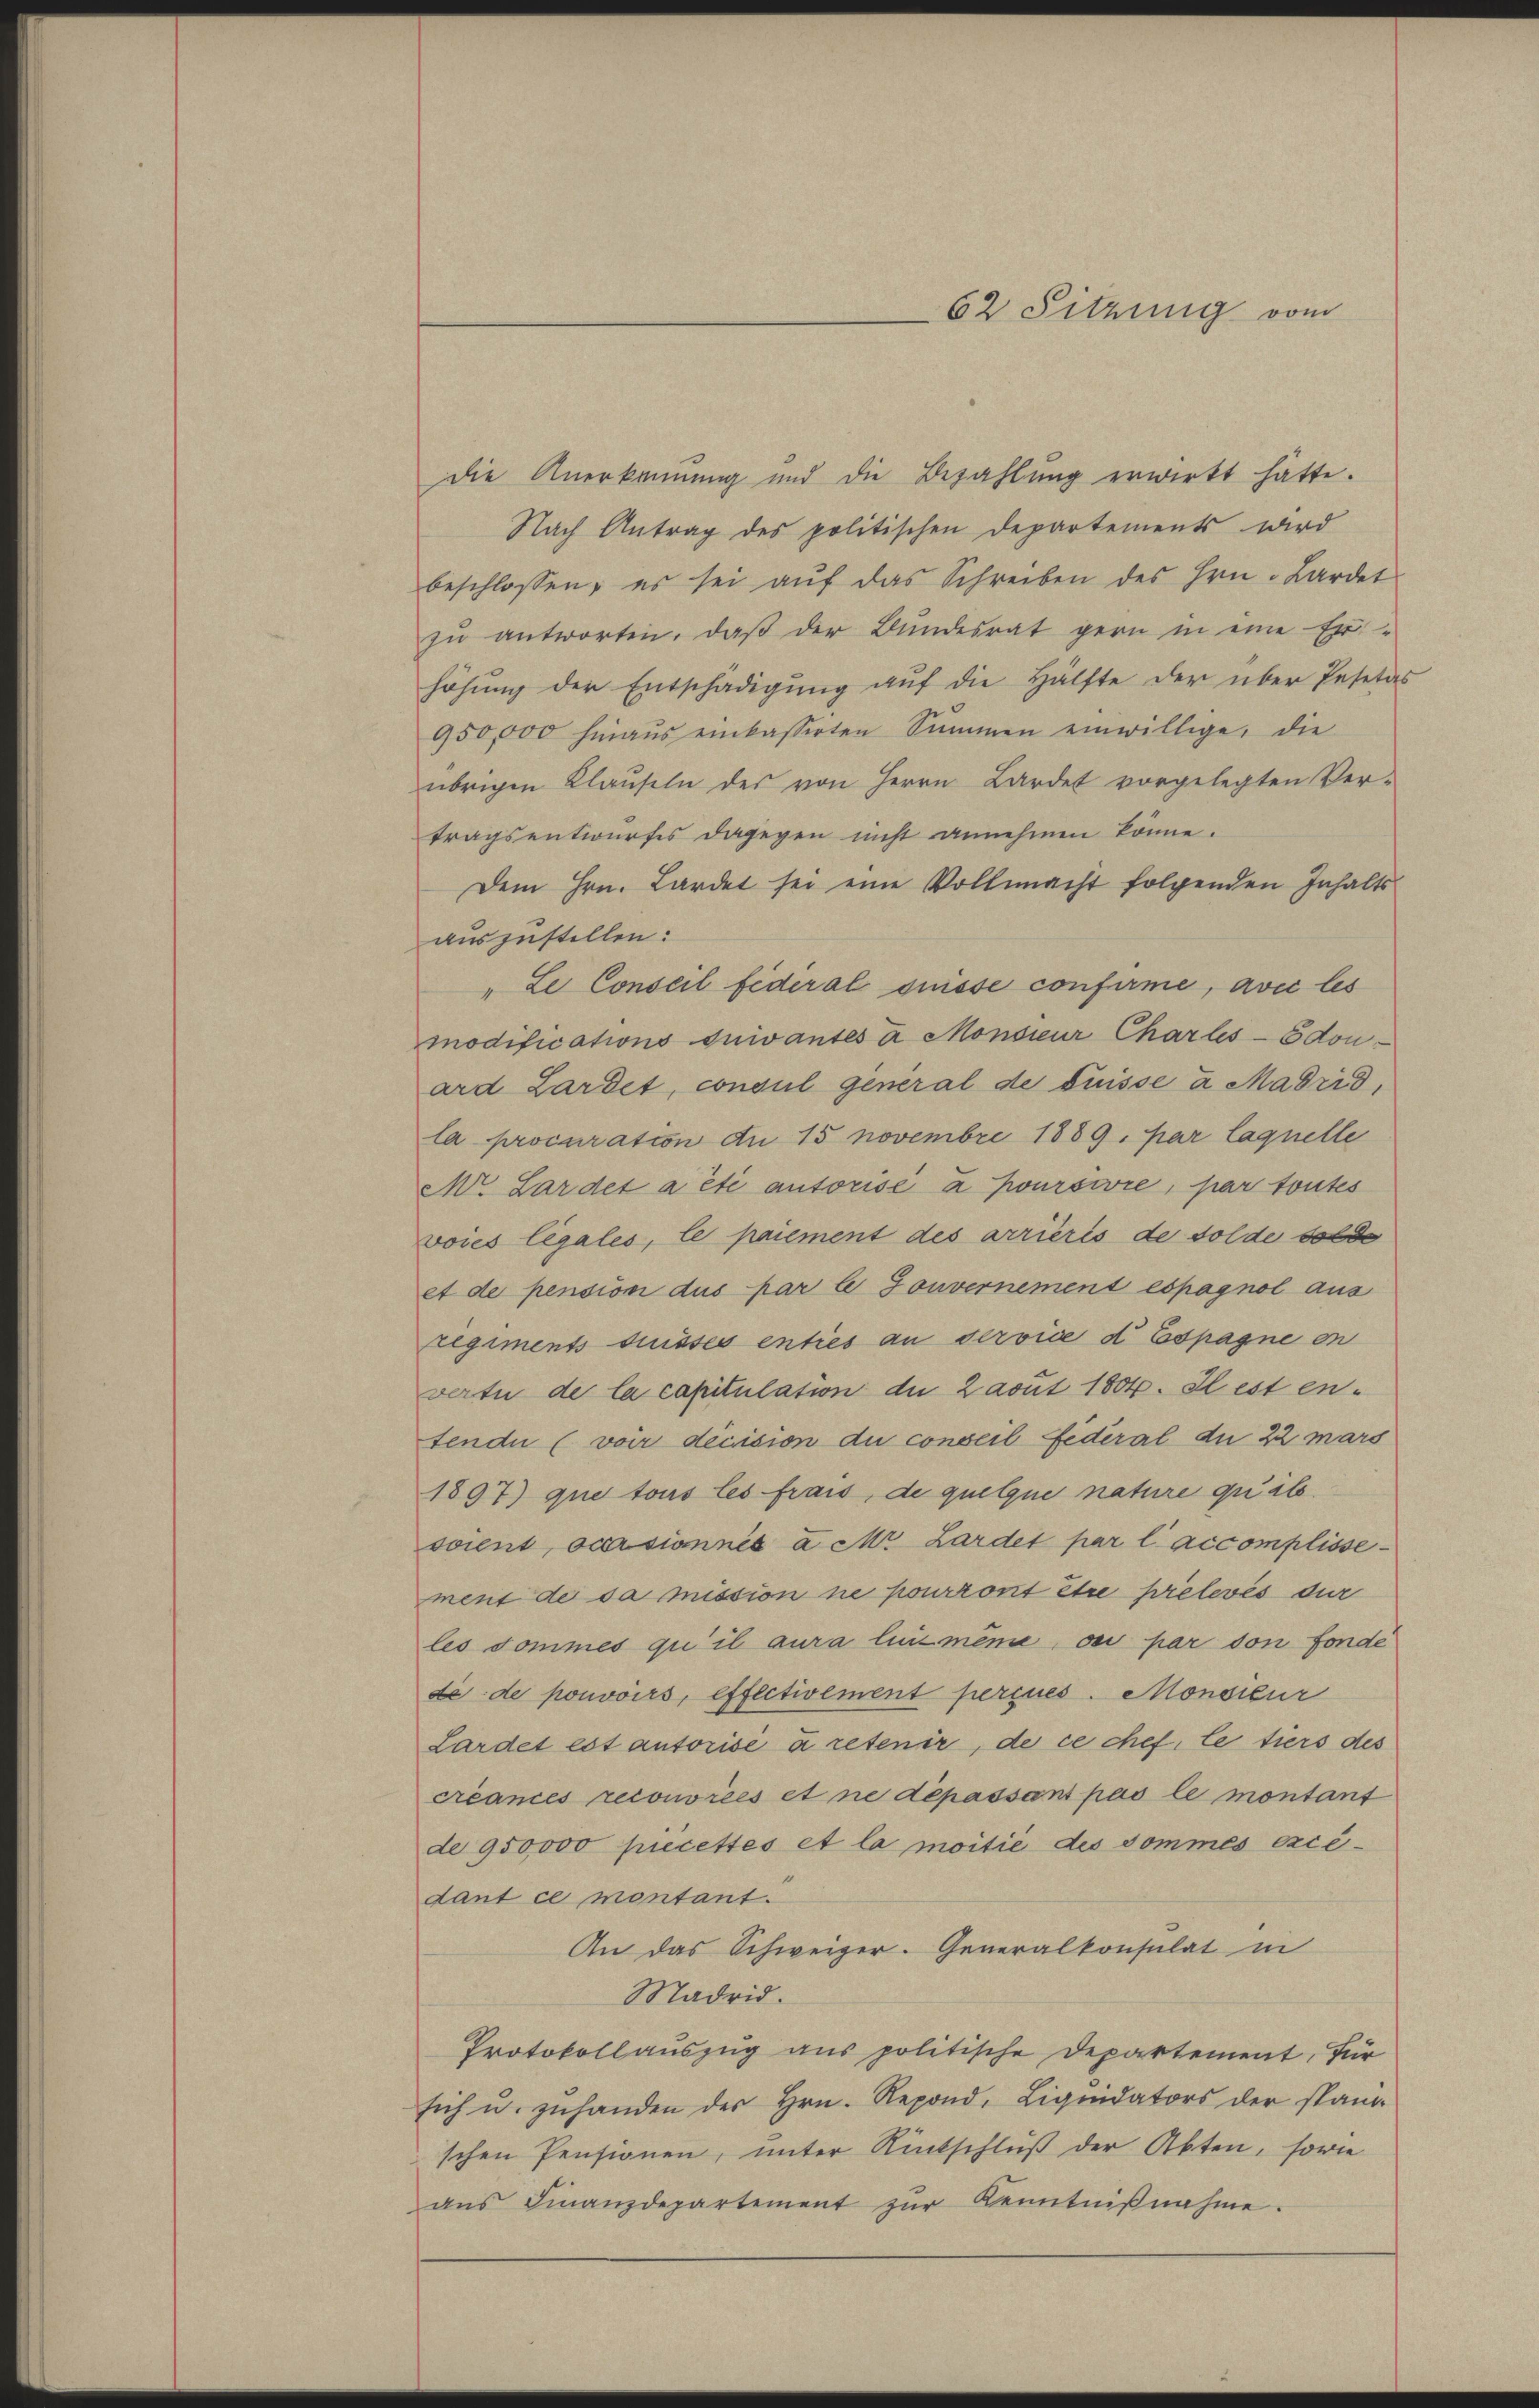
62 Sitzung vom

Die Anerkennung und die Bezahlŭng erwirkt hätte.
Nach Antrag des politischen Departements wird
beschlossen, es sei aŭf das Schreiben des Hrn. Lardet
zŭ antworten, daβ der Bŭndesrat gern in eine Er-
höhung der Entschädigung auf die Hälfte der über Pesetas
950,000 hinaŭs einkassirten Summen einwillige, die
übrigen Klauseln des von Herrn Lardet vorgelegten Ver-
tragsentwŭrfes dagegen nicht annehmen könne.
Dem Hrn. Lardet sei eine Vollmacht folgenden Inhalts-
auszustellen:
"Le Conseil fédéral puisse confirme, avec les
modifications durantes a Monsieur Charles don
ard Lardet, consul general de puisse a Madrid,
la procuration du 15 Novembri 1889. par laquelle
Mr. Lardet a été autorise a poursire, par toutes
voies légales, le paiement des arrièris de solde solde
et de pension dus par le Gouvernement espagnol aus
regiments disses enties an service d Espagne en
vertu de la capitulation der Lavut 1804. Il est en-
tende (voir décision du conseil fédéral du 22 mars
1897) que tous les frais, de quelque nature quib
soient, ocersionnés a M. Lardet par l’accomplisse
ment de sa mission ne pourront et prelevés dur
les sommes qu’il aura lui même, ou par von Fonde
de de pouvoirs, effectivement perçues. Monsieur
Lardet est autorisé à retenir, de ce chef. le tiers des
créances reconoriés et ne dépassant pas le montant
de 950,000 piecettes et la moitié des dommes excé-
dant ce montant.
An das Schweizer. Generalkonsulat in
Madrid.
Protokollauszug aus politische Departement, für
sich u. zŭ handen der Hrn. Repond. Liquidators der stand
schen Pensionen, unter Rintschluß der Akten, sowie
ans Finanzdepartement zŭr Kenntniβnahme.